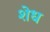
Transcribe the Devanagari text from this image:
शेध